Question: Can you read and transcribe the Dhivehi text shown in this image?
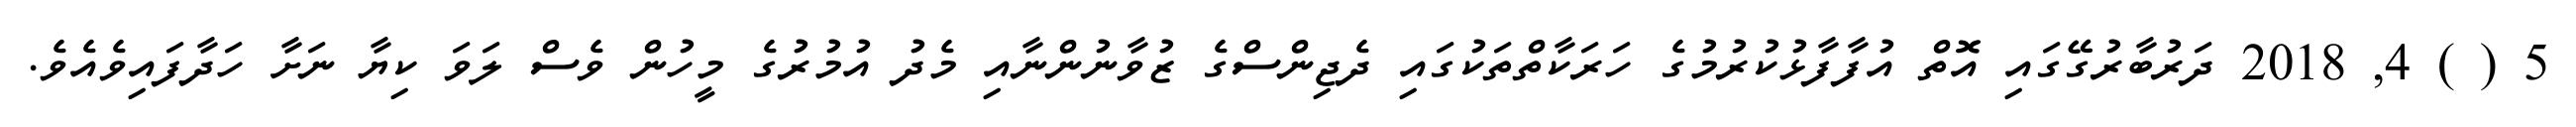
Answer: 5 ( ) 4, 2018 ދަރުބާރުގޭގައި އޮތް އުފާފާޅުކުރުމުގެ ހަރަކާތްތަކުގައި ދެޖިންސްގެ ޒުވާނުންނާއި މެދު އުމުރުގެ މީހުން ވެސް ލަވަ ކިޔާ ނަށާ ހަދާފައިވެއެވެ.